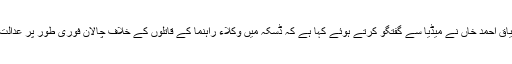
گذشتہ روز لاہور بار ایسوسی ایشن کے صدر چوہدری اشتیاق احمد خاں نے میڈیا سے گفتگو کرتے ہوئے کہا ہے کہ ڈسکہ میں وکلاء راہنما کے قاتلوں کے خلاف چالان فوری طور پر عدالت میں پیش کرکے 15 دن کے اندر اس کا فیصلہ کیا جائے۔